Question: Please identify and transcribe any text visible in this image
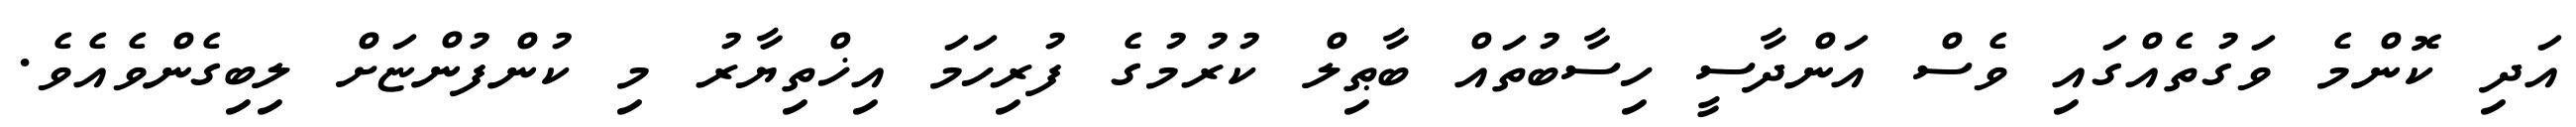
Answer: އަދި ކޮންމެ ވަގުތެއްގައި ވެސް އަންދާސީ ހިސާބުތައް ބާޠިލް ކުރުމުގެ ފުރިހަމަ އިޚްތިޔާރު މި ކުންފުންޏަށް ލިބިގެންވެއެވެ.